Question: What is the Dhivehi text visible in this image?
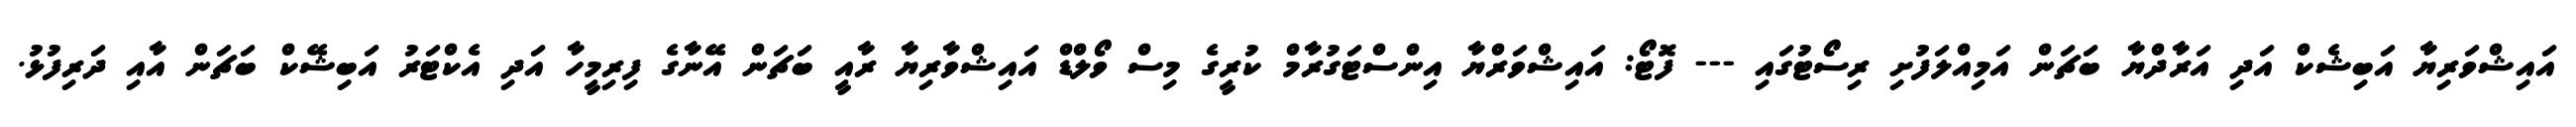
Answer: އައިޝްވަރިޔާ އަބިޝެކް އަދި އަރާދްޔާ ބަޗަން އަމިއްލަފުށި ރިސޯޓުގައި --- ފޮޓޯ: އައިޝްވަރްޔާ އިންސްޓަގުރާމް ކުރީގެ މިސް ވޯލްޑް އައިޝްވާރިޔާ ރާއީ ބަޗަން އޭނާގެ ފިރިމީހާ އަދި އެކްޓަރު އަބިޝޭކް ބަޗަން އާއި ދަރިފުޅު.